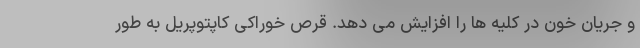
و جریان خون در کلیه ها را افزایش می دهد. قرص خوراکی کاپتوپریل به طور